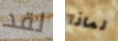
لقد لماذا